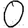
Digit: 0